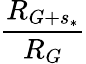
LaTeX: \frac{R_{G+s_{*}}}{R_{G}}